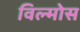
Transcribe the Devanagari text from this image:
विल्मोस